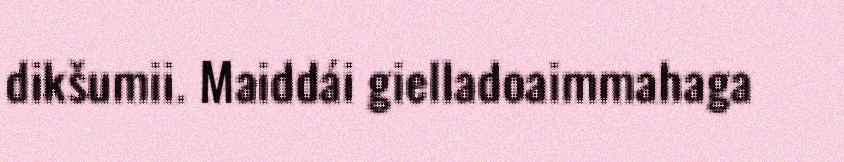
dikšumii. Maiddái gielladoaimmahaga